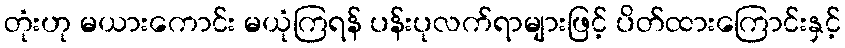
တုံးဟု မယားကောင်း မယုံကြရန် ပန်းပုလက်ရာများဖြင့် ပိတ်ထားကြောင်းနှင့်